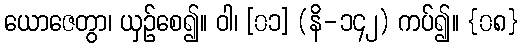
ယောဇေတွာ၊ ယှဉ်စေ၍။ ဝါ၊ [၀၁] (နိ-၁၄၂) ကပ်၍။ {၀၈}